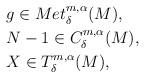
LaTeX: \begin{align*}&g\in Met^{m,\alpha}_{\delta}(M),\\&N-1\in C^{m,\alpha}_{\delta}(M),\\&X\in T^{m,\alpha}_{\delta}(M),\end{align*}